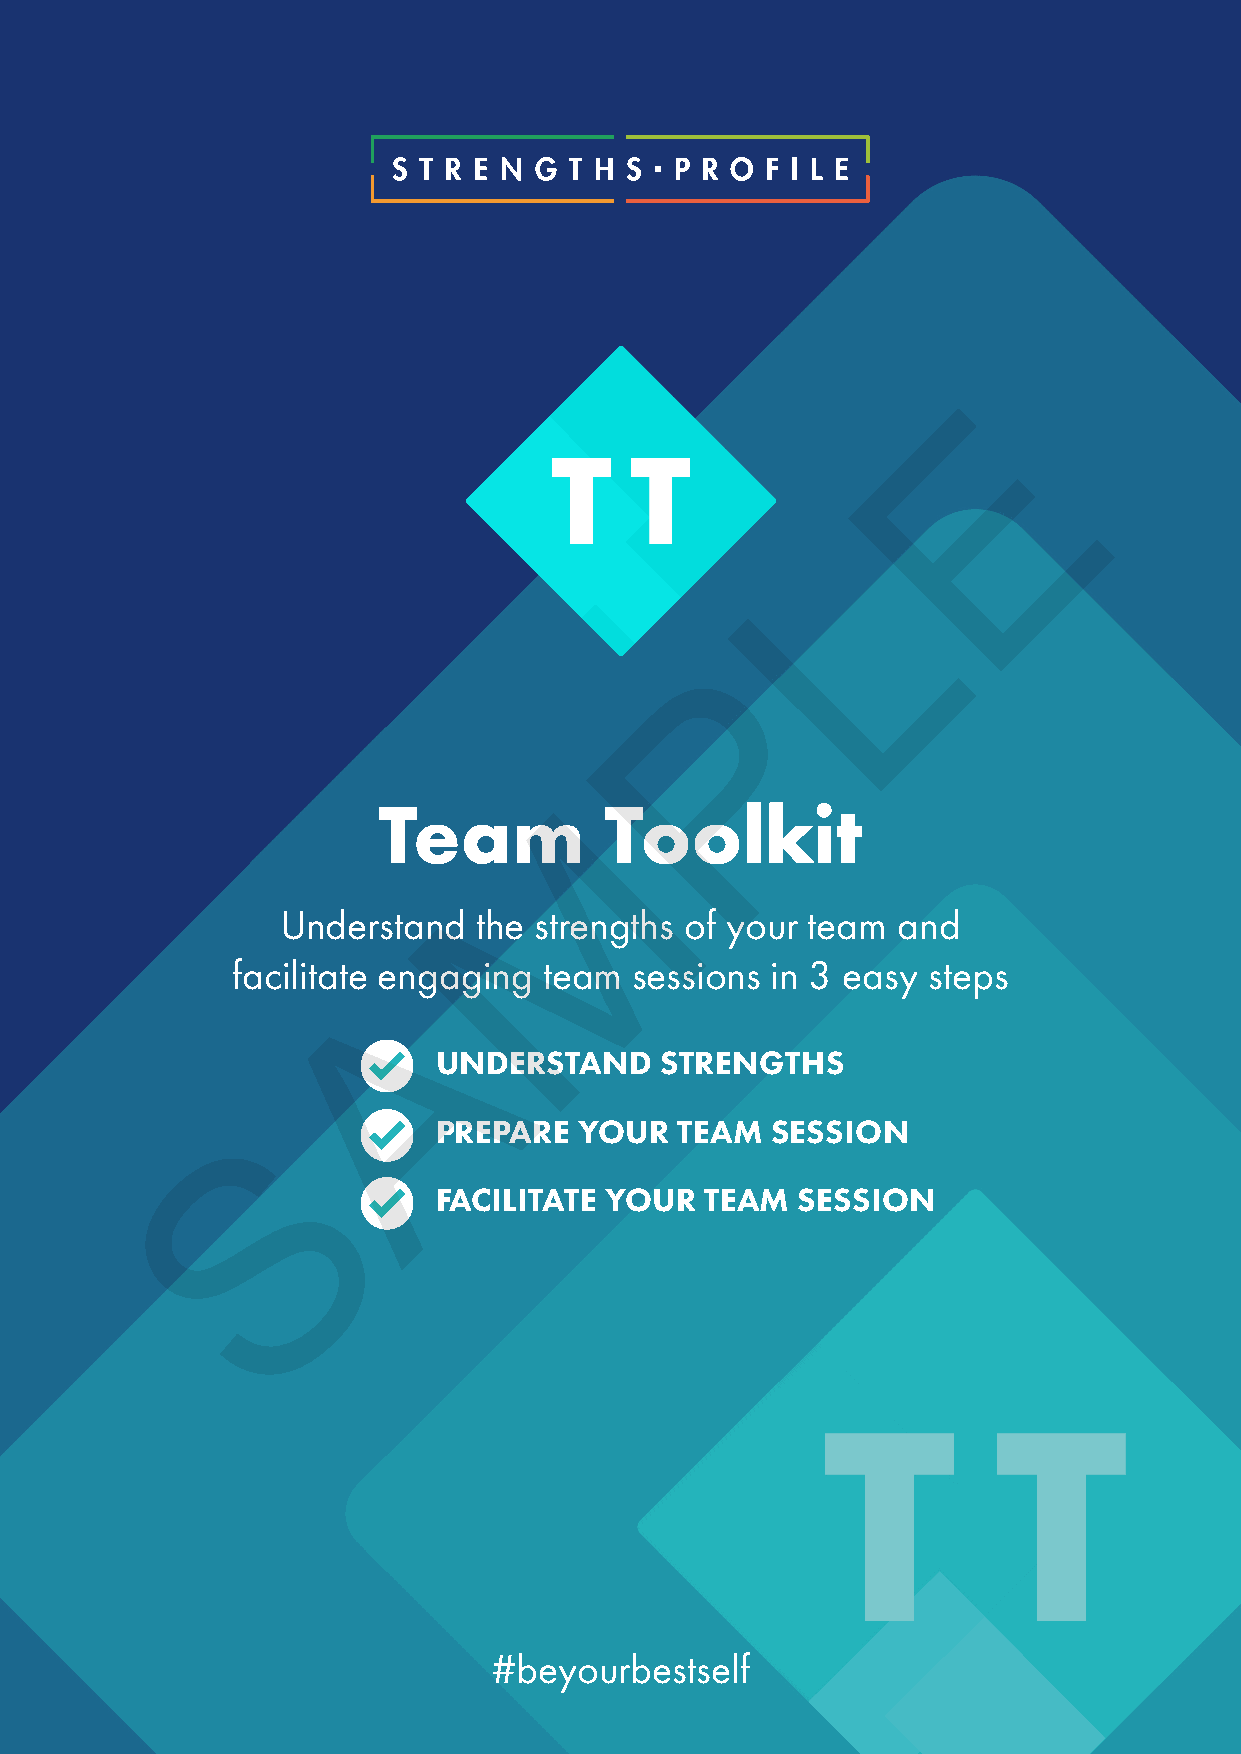
E
 L
 P
 M
 Team           Toolkit
 Understand   the strengths of your team and
 facilitate Aengaging team  sessions in 3 easy steps
 UNDERSTAND     STRENGTHS
 S
 PREPARE  YOUR   TEAM  SESSION
 FACILITATE YOUR   TEAM  SESSION
 #beyourbestself